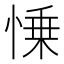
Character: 𢜼